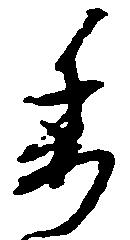
委